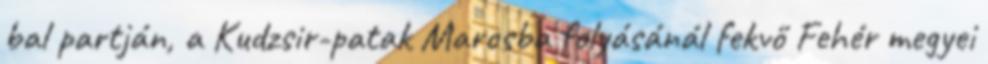
bal partján, a Kudzsir-patak Marosba folyásánál fekvő Fehér megyei